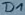
Text: D1